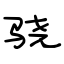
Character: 骁